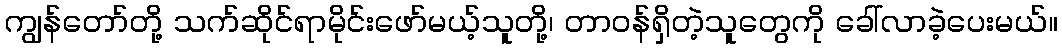
ကျွန်တော်တို့ သက်ဆိုင်ရာမိုင်းဖော်မယ့်သူတို့၊ တာဝန်ရှိတဲ့သူတွေကို ခေါ်လာခဲ့ပေးမယ်။